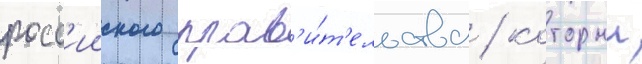
росс'ииского прав'и́т'ельства / которыи